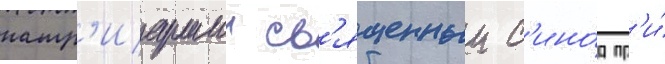
патр'иаршии св'ященныи с'ино́д пр'и́